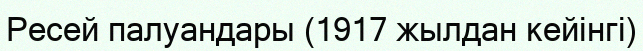
Ресей палуандары (1917 жылдан кейінгі)